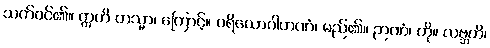
သက်ဝင်၏။ ဣတိ တသ္မာ၊ ကြောင့်။ ပရိယောဂါဟဏံ၊ မည်၏။ ဉာဏံ၊ ကို။ လဗ္ဘတိ၊